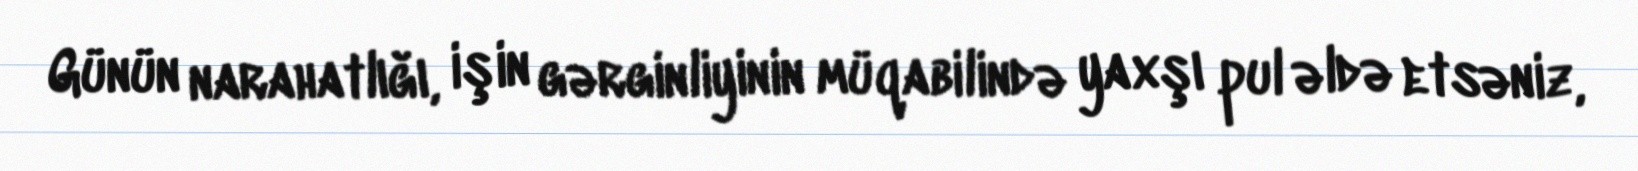
Günün narahatlığı, işin gərginliyinin müqabilində yaxşı pul əldə etsəniz,